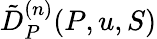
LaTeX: \tilde{D}_{P}^{(n)}(P,u,S)